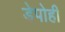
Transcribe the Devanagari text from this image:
डेपोही